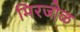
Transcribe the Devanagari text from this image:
मिरजोळ